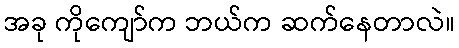
အခု ကိုကျော်က ဘယ်က ဆက်နေတာလဲ။